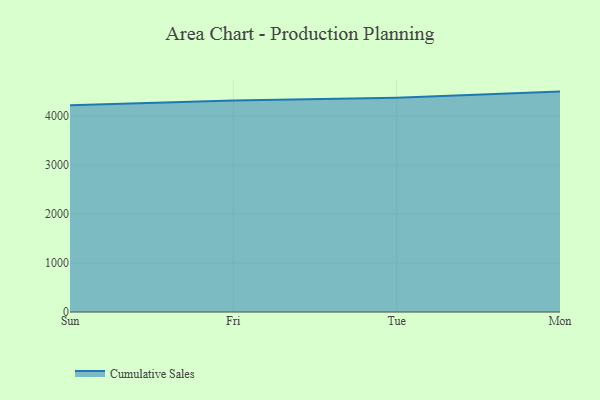
{"axis": {"x": "Day", "y": "Energy Usage (MWh)"}, "legend": ["Cumulative Sales"], "data": [{"x": "Sun", "y": 4218.9, "type": "Cumulative Sales"}, {"x": "Fri", "y": 4316.1, "type": "Cumulative Sales"}, {"x": "Tue", "y": 4372.1, "type": "Cumulative Sales"}, {"x": "Mon", "y": 4499.5, "type": "Cumulative Sales"}]}